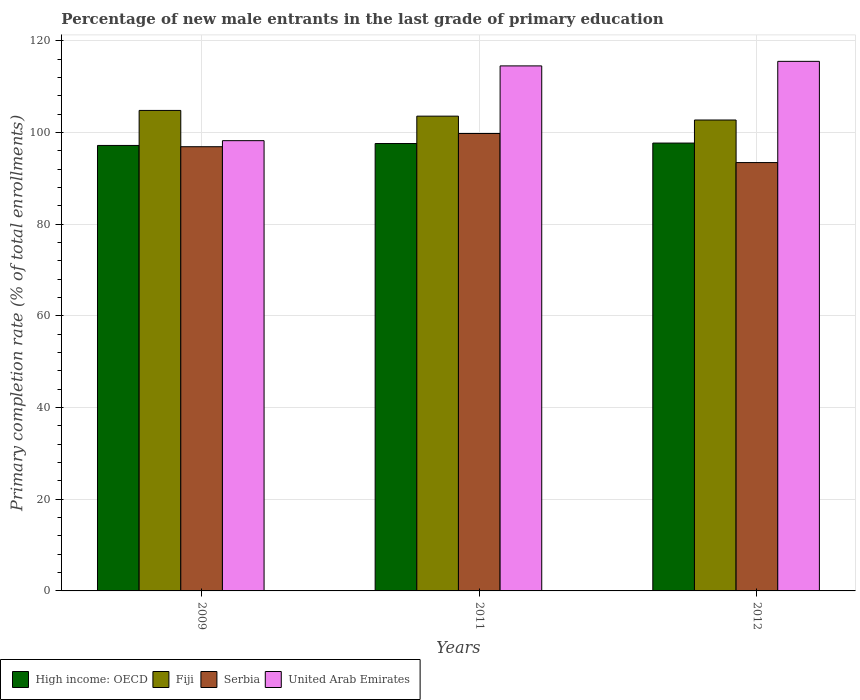
| Years | High income: OECD | Fiji | Serbia | United Arab Emirates |
 | --- | --- | --- | --- | --- |
 | 2009 | 97.2 | 105 | 96.9 | 98.2 |
 | 2011 | 97.6 | 104 | 99.8 | 115 |
 | 2012 | 97.7 | 103 | 93.5 | 116 |